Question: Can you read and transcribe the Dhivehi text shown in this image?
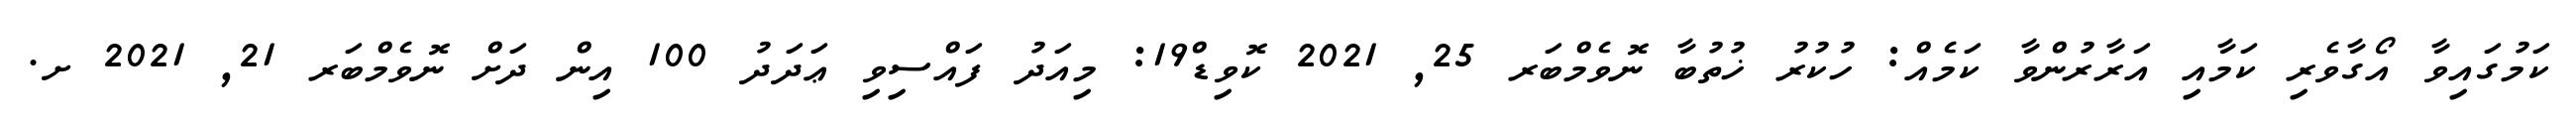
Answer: ކަމުގައިވާ އޯގާވެރި ކަމާއި އަރާރުންވާ ކަމެއް: ހުކުރު ޚުތުބާ ނޮވެމްބަރ 25, 2021 ކޮވިޑް19: މިއަދު ފައްސިވި ޢަދަދު 100 އިން ދަށް ނޮވެމްބަރ 21, 2021 ށ.